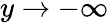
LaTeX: y\rightarrow-\infty